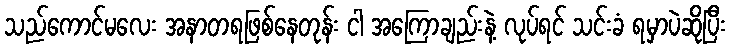
သည်ကောင်မလေး အနာတရဖြစ်နေတုန်း ငါ အကြောချည်းနဲ့ လုပ်ရင် သင်းခံ ရမှာပဲဆိုပြီး